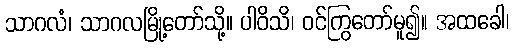
သာဂလံ၊ သာဂလမြို့တော်သို့။ ပါဝိသိ၊ ဝင်ကြွတော်မူ၍။ အထခေါ၊